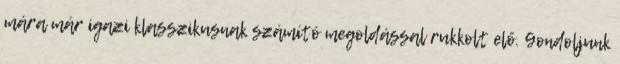
mára már igazi klasszikusnak számító megoldással rukkolt elő. Gondoljunk